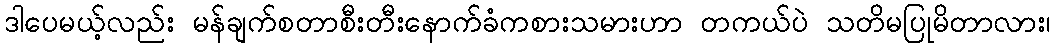
ဒါပေမယ့်လည်း မန်ချက်စတာစီးတီးနောက်ခံကစားသမားဟာ တကယ်ပဲ သတိမပြုမိတာလား၊